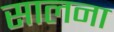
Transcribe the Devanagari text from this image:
सालना